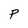
Character: P